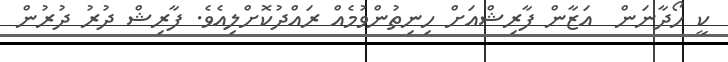
ކީ ހޯދާނަން  އަޒާން ފާރިޝްއަށް ހިނިތުންވުމެއް ރައްދުކޮށްލިއެވެ. ފާރިޝް ދުރު ދުރުން